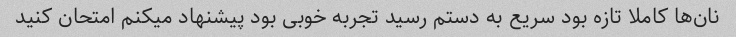
نان‌ها کاملا تازه بود سریع به دستم رسید تجربه خوبی بود پیشنهاد میکنم امتحان کنید